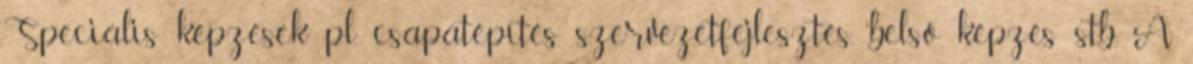
Speciális képzések pl. csapatépítés, szervezetfejlesztés, belső képzés stb. A